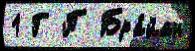
1 Г П Бра́йан